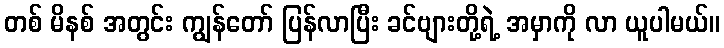
တစ် မိနစ် အတွင်း ကျွန်တော် ပြန်လာပြီး ခင်ဗျားတို့ရဲ့ အမှာကို လာ ယူပါမယ်။